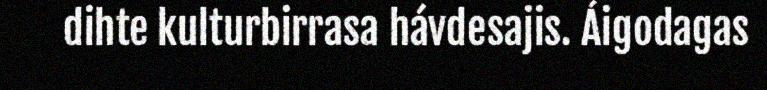
dihte kulturbirrasa hávdesajis. Áigodagas